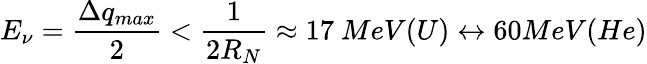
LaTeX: E_{\nu}=\frac{\Delta q_{max}}{2}<\frac{1}{2R_{N}}\approx 17~MeV(U)\leftrightarrow 60MeV(He)